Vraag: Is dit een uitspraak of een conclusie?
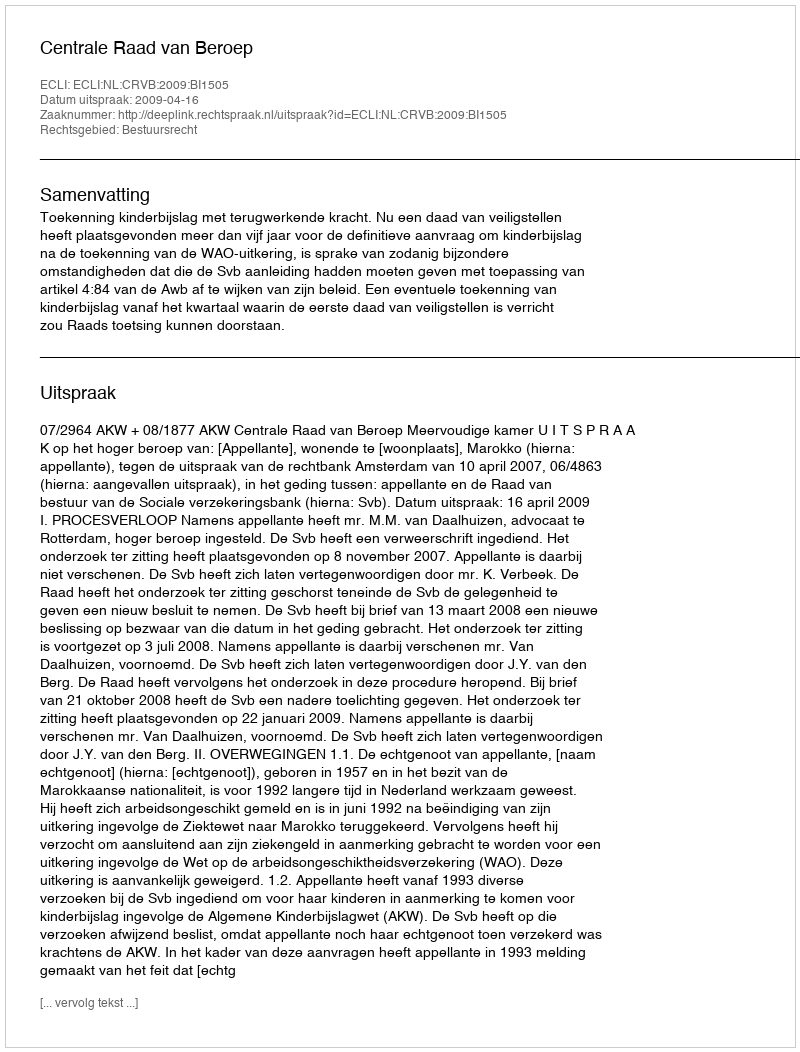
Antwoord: Uitspraak